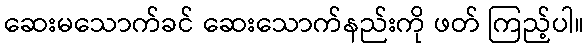
ဆေးမသောက်ခင် ဆေးသောက်နည်းကို ဖတ် ကြည့်ပါ။